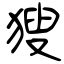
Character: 獀